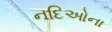
નદિઓના